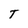
Character: T